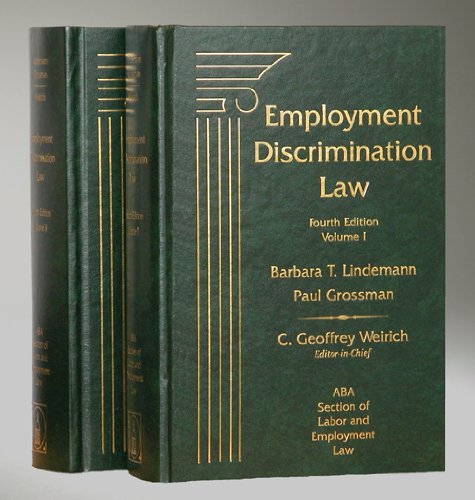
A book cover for Employment Discrimination Law, 4th Edition, 2 Volume Set; ABA Section of Labor and Employment Law; Law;